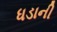
ધડાની